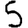
Digit: 5